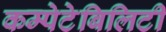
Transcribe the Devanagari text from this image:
कम्पेटेबिलिटी